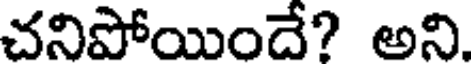
చనిపోయిందే? అని.